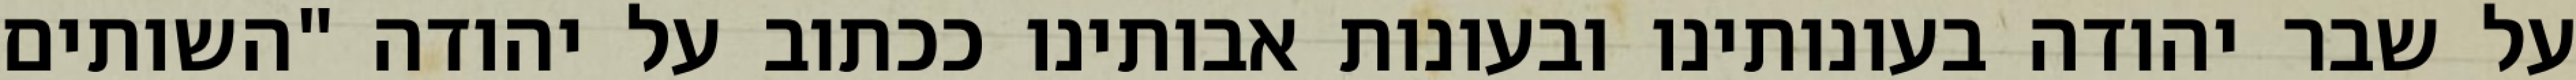
על שבר יהודה בעונותינו ובעונות אבותינו ככתוב על יהודה "השותים